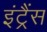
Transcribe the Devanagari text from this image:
इंट्रैंस